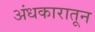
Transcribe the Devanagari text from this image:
अंधकारातून